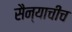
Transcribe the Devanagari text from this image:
सैन्याचीच